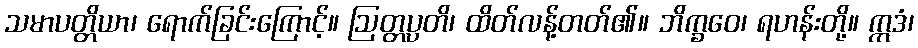
သမာပတ္တိယာ၊ ရောက်ခြင်းကြောင့်။ ဩတ္တပ္ပတိ၊ ထိတ်လန့်တတ်၏။ ဘိက္ခဝေ၊ ရဟန်းတို့။ ဣဒံ၊